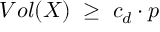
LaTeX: V o l ( X ) \; \geq \; c _ { d } \cdot p